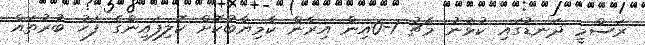
ރަސްމީ ދަނޑުގައި ކުޅުނު މެޗު 1-0އިން އިރާން ކާމިޔާބުކޮށް ކޮލިފައިންގެ ފަހު ބުރުތައް